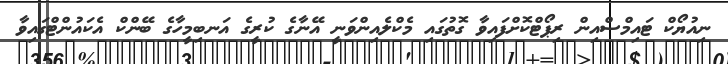
ނިއުޔޯކް ޓައިމްސްއިން ރިޕޯޓްކޮށްފައިވާ ގޮތުގައި މެކްލެއިންވަނީ އޭނާގެ ކުރީގެ އަނބިމީހާގެ ބޭންކް އެކައުންޓްގައިވާ